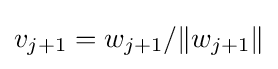
v_{j+1}=w_{j+1}/\|w_{j+1}\|